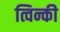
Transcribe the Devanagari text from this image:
त्विन्की